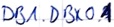
Text: DB1.DBX0.1